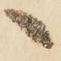
へ